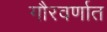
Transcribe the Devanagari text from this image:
गौरवर्णात